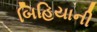
બિહિયાની